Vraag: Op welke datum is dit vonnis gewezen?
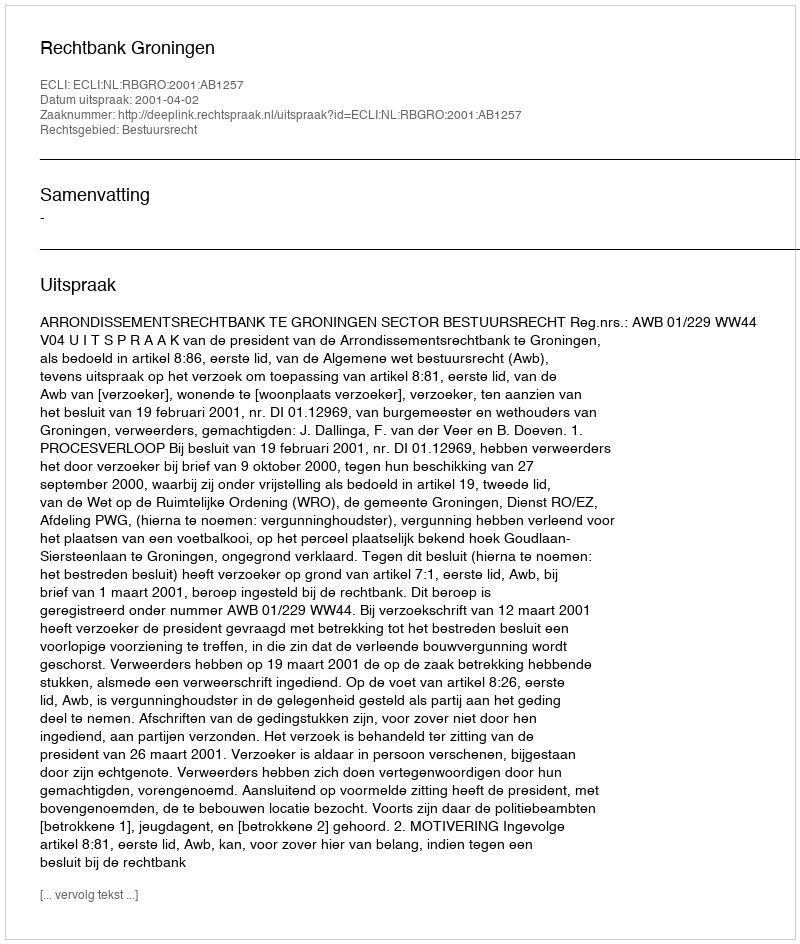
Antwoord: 2001-04-02